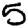
Digit: 5